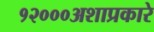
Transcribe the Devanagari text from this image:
१२०००अशाप्रकारे